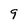
Character: 9